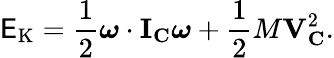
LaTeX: \mathsf{E}_{\mathrm{{K}}}={\frac{{1}}{{2}}}{\boldsymbol{\omega}}\cdot\mathbf{{I}}_{\mathbf{{C}}}{\boldsymbol{\omega}}+{\frac{{1}}{{2}}}M\mathbf{{V}}_{\mathbf{{C}}}^{2}.